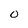
Character: O